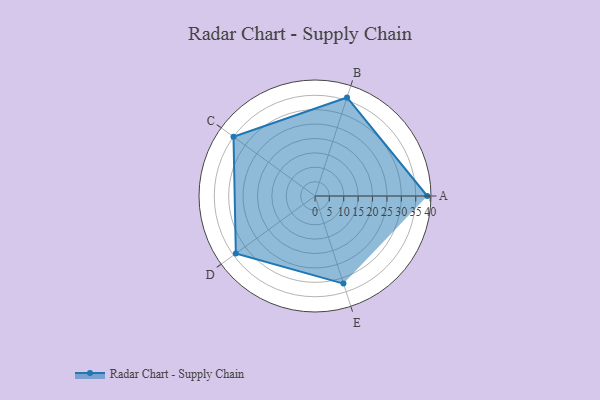
{"axis": {"x": "Skill", "y": "Score"}, "legend": ["Profile"], "data": [{"x": "A", "y": 39.0, "type": "Profile"}, {"x": "B", "y": 36.0, "type": "Profile"}, {"x": "C", "y": 35.0, "type": "Profile"}, {"x": "D", "y": 34.0, "type": "Profile"}, {"x": "E", "y": 32.0, "type": "Profile"}]}